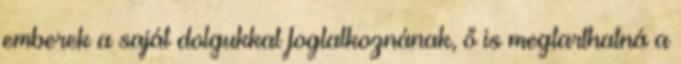
emberek a saját dolgukkal foglalkoznának, ő is megtarthatná a